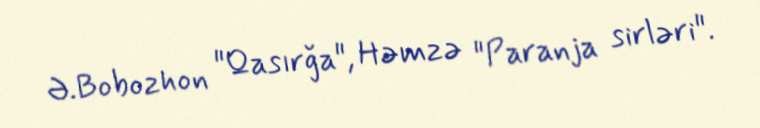
Ə.Bobozhon "Qasırğa", Həmzə "Paranja sirləri".